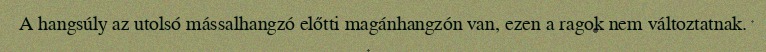
A hangsúly az utolsó mássalhangzó előtti magánhangzón van, ezen a ragok nem változtatnak.